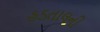
હડતાલની